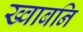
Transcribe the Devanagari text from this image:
ख्वाबनि